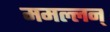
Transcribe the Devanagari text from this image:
ममल्लन्